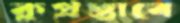
কুপ্রস্তাবে